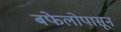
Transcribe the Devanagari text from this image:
बफेलोपासून